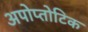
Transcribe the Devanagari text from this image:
अपोप्तोटिक